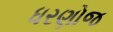
ધરણોજ